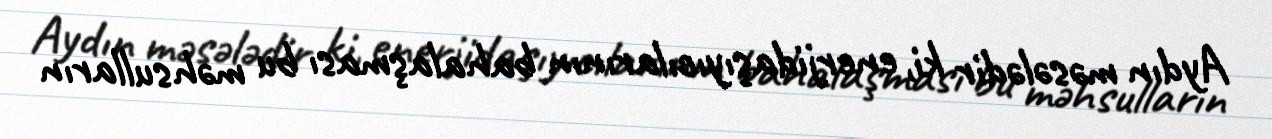
Aydın məsələdir ki, enerjidaşıyıcılarının bahalaşması bu məhsulların